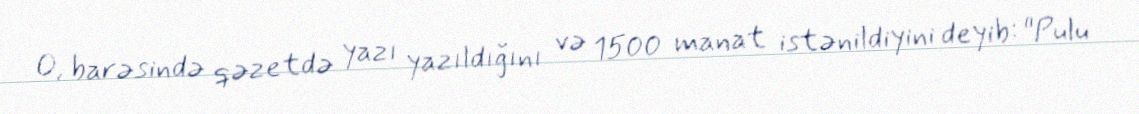
O, barəsində qəzetdə yazı yazıldığını və 1500 manat istənildiyini deyib: "Pulu